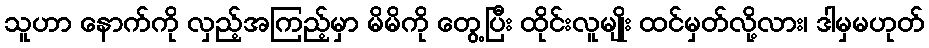
သူဟာ နောက်ကို လှည့်အကြည့်မှာ မိမိကို တွေ့ပြီး ထိုင်းလူမျိုး ထင်မှတ်လို့လား၊ ဒါမှမဟုတ်